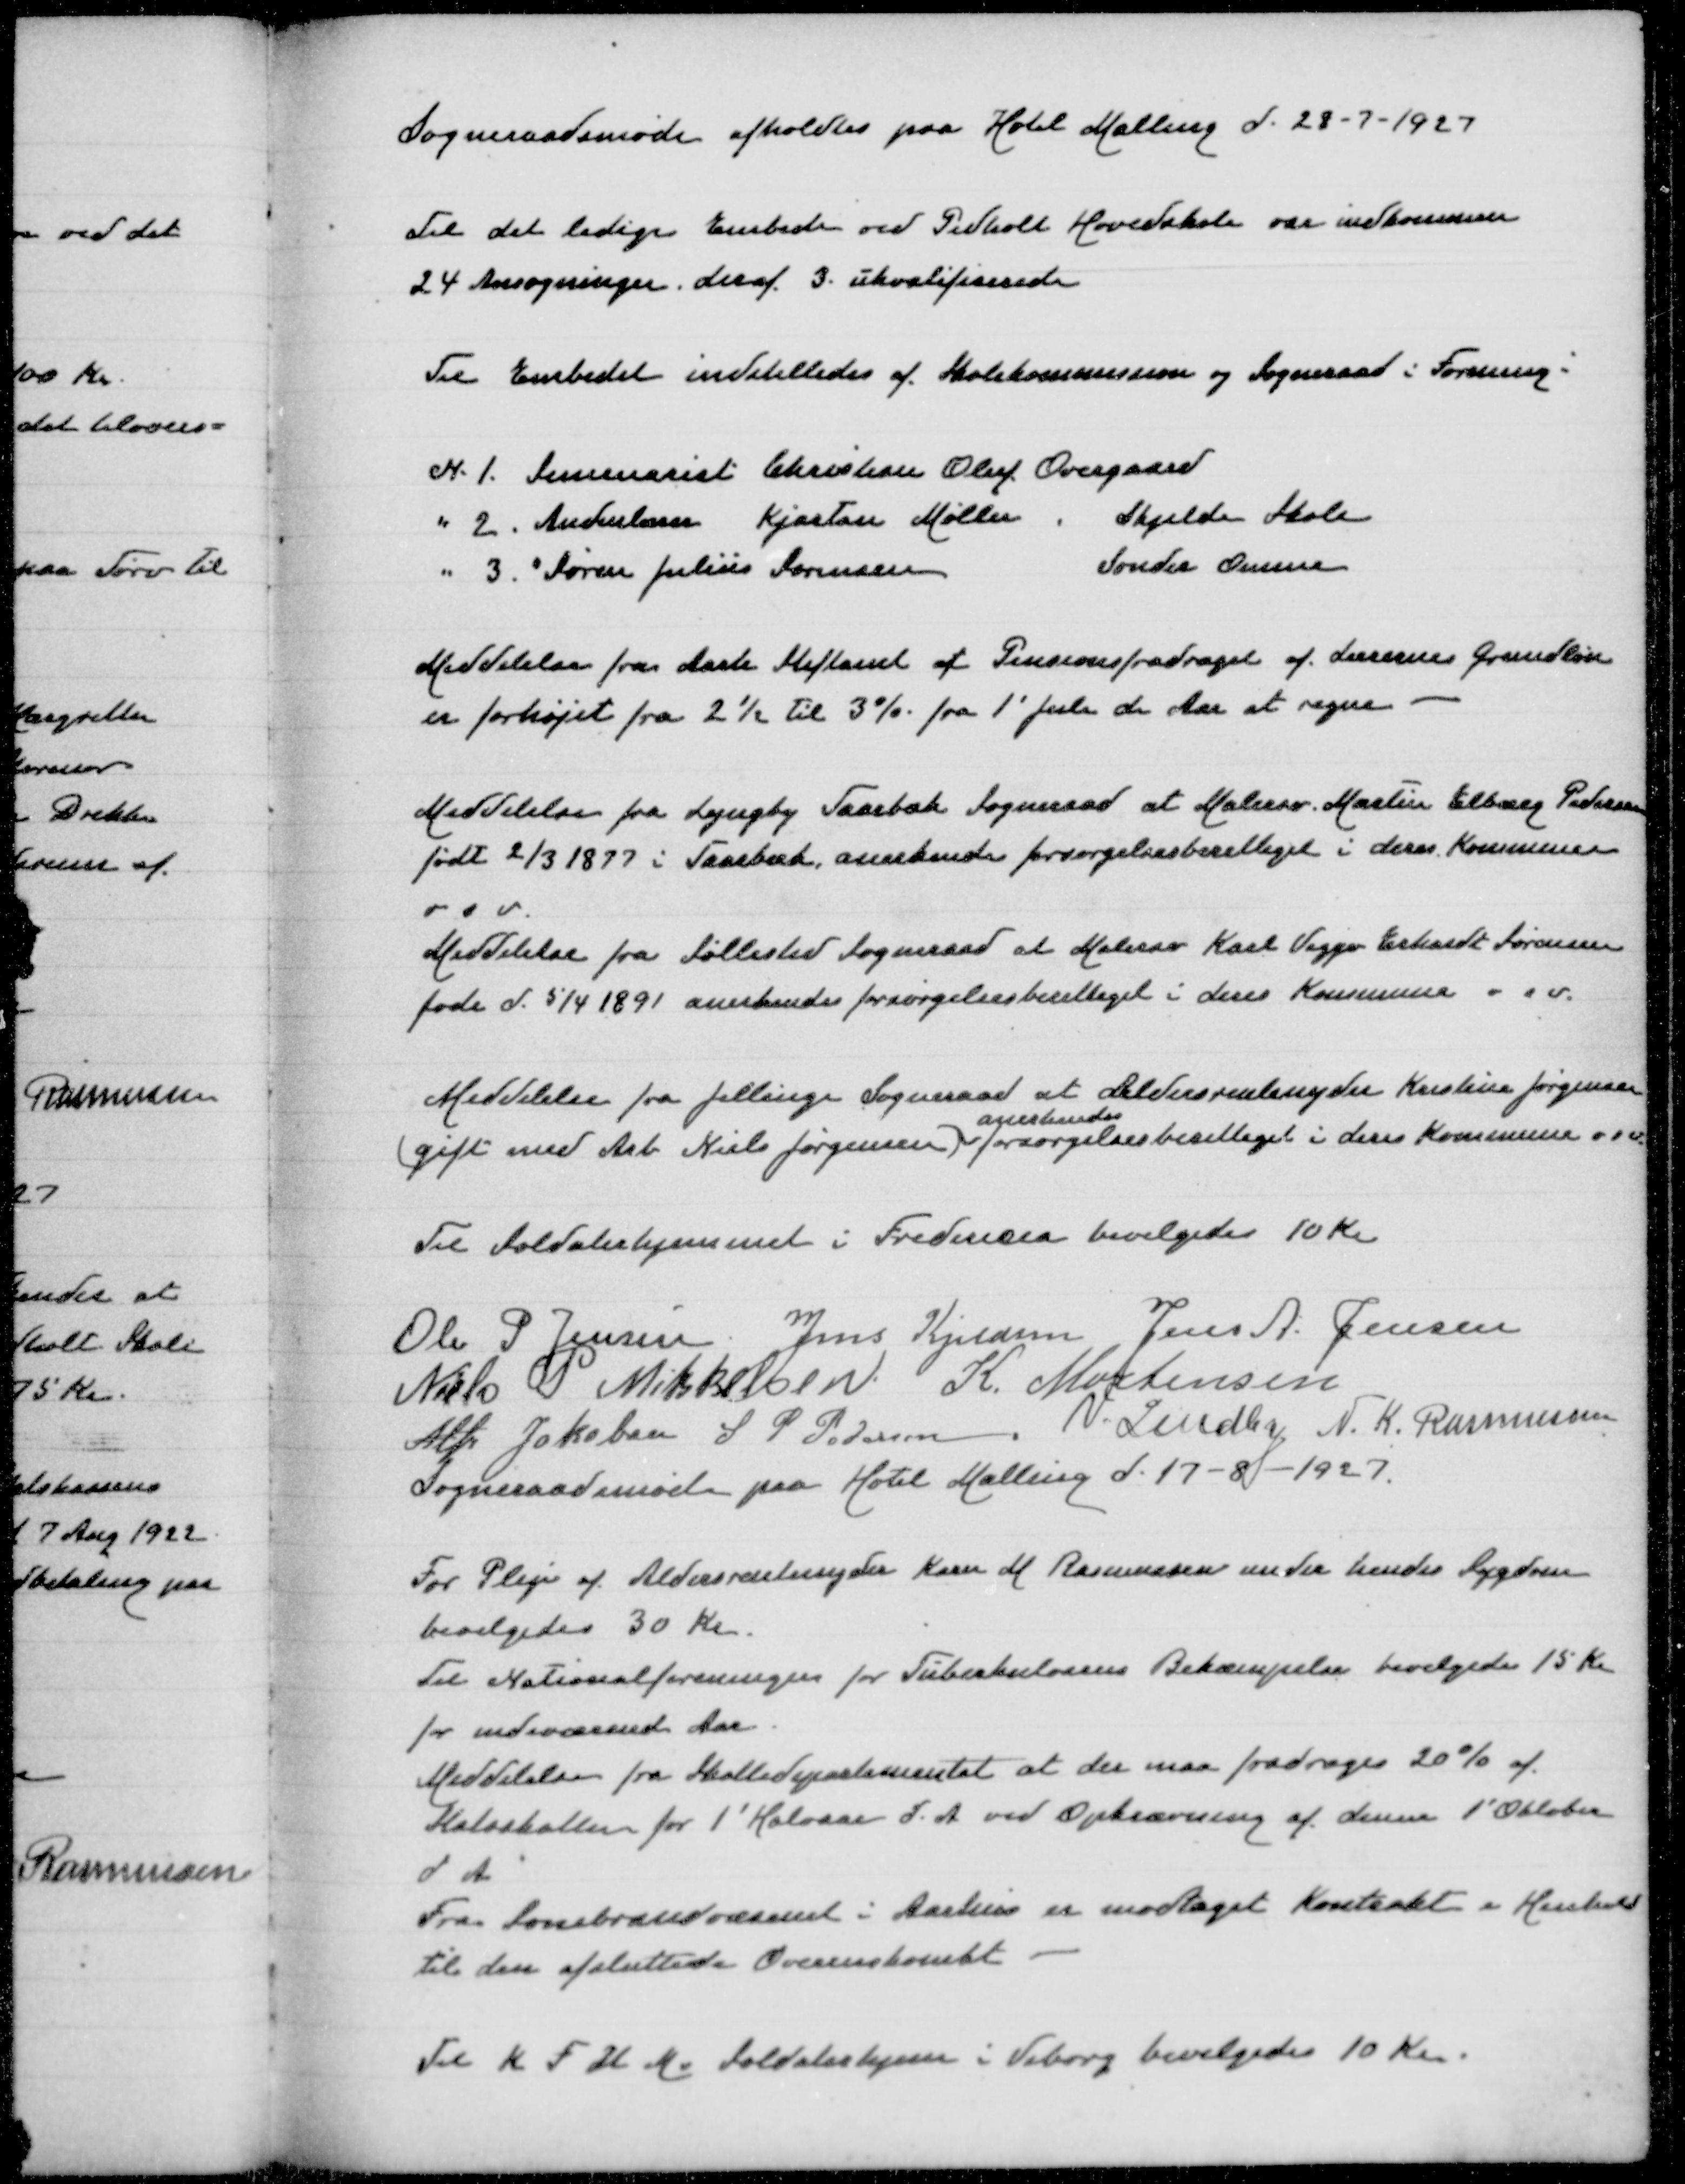
Transskription:
Sogneraadsmøde afholdtes paa Hotel Malling d 28-7-1927

Til det ledige Embede ved Pedholt Hovedskole var indkommen
24 Ansøgninger deraf 3 ukvalificerede

Til Embedet indstilledes af Skolekommission og Sogneraad i Forening:

N 1 Seminarist Christian Oluf Overgaard
" 2 Andenlærer Kjartan Møller Skjelde Skole
" 3 " Søren Julius Sørensen Sønder Omme

Meddelelse fra Aarh Stiftamt at Pensionsfradraget af Læernes Grundløn
er forhøjet fra 2½ til 3% fra 1' Juli d Aar at regne

Meddelelse fra Lyngby Taarbæk Sogneraad at Malersv Martin Elborg Pedersen
født 2/3 1877 i Taarbæk anerkendes forsørgelsesberettiget i deres Kommune
o s v

Meddelelse fra Søllested Sogneraad at Malersv Karl Viggo Erhardt Sørensen
født d 5/4 1891 anerkendes forsørgelsesberettiget i deres Kommune o s v

Meddelelse fra Jelling Sogneraad at Aldersrentenyder Kristine Jørgensen
anerkendes
(gift med Arb Niels Jørgensen forsørgelsesberettiget i deres Kommune o s v

Til Soldaterhjemmet i Fredericia bevilgedes 10 Kr

Ole P Jensen
Jens Kjeldsen
Jens A Jensen
Niels P Mikkelsen
K Mortensen
Alfr Jakobsen
S P Pedersen
V Lindby
N K Rasmussen
Sogneraadsmøde paa Hotel Malling d 17-8-1927

Til Pleje af Aldersrentenyder Karen M Rasmussen under hendes Sygdom
bevilgedes 30 Kr
Til Nationalforeningen for Tuberkulosens Bekæmpelse bevilgedes 15 Kr
for indeværende Aar
Meddelelse fra Skattedepartementet at der maa fradrages 20% af
Statsskatten for 1' Halvaar d A ved Opkrævning af denne 1' Oktober
d A
Fra Sonebrandvæsenet i Aarhus er modtaget Kontrakt i Henhold
til den afsluttede Overenskomst

Til K F U M Soldaterhjem i Viborg bevilgedes 10 Kr